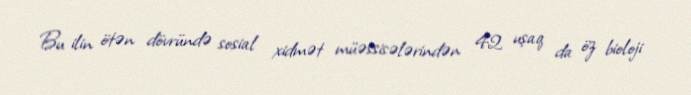
Bu ilin ötən dövründə sosial xidmət müəssisələrindən 42 uşaq da öz bioloji